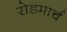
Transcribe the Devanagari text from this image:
रोडमार्च